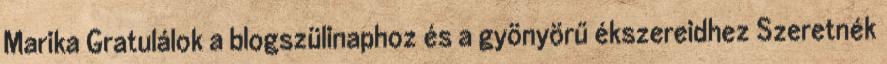
Marika Gratulálok a blogszülinaphoz és a gyönyörű ékszereidhez Szeretnék